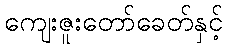
ကျေးဇူးတော်ခေတ်နှင့်